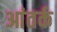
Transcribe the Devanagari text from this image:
आंतर्क